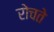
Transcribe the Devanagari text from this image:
रोचते